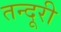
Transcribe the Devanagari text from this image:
तन्दूरी